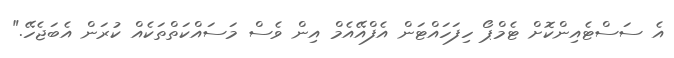
އެ ސަސްޓެއިންކޮށް ޓެމްޕޯ ހިފަހައްޓަން އެފްއޭއެމް އިން ވެސް މަސައްކަތްތަކެއް ކުރަން އެބަޖެހޭ."